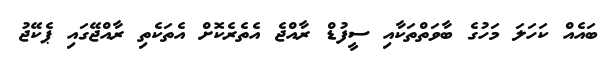
ބައެއް ކަހަލަ މަހުގެ ބާވަތްތަކާއި ސީފުޑް ރާއްޖެ އެތެރެކޮށް އެތަކެތި ރާއްޖޭގައި ޕެކޭޖު